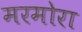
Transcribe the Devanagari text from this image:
मरमोरा